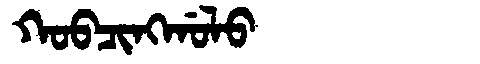
Manchu: ᡴᠣᠪᠴᡳᠩᡤᠣᠯᠣ
Romanization: KOBCINGGOLO